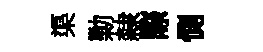
渠勦隸際惻